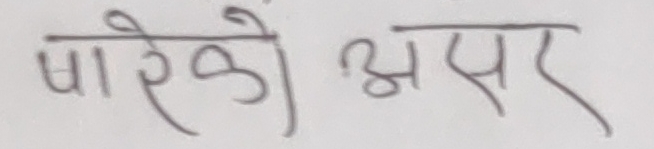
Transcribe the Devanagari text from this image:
पारेको असर